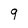
Character: 9